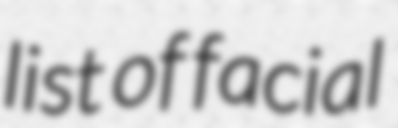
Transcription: list of facial